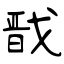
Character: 戬